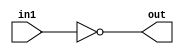
`timescale 1ns / 1ps
//////////////////////////////////////////////////////////////////////////////////
// Company: 
// Engineer: 
// 
// Design Name: 
// Module Name:    NOT 
// Project Name: 
// Target Devices: 
// Tool versions: 
// Description: 
//
// Dependencies: 
//
// Revision: 
// Revision 0.01 - File Created
// Additional Comments: 
//
//////////////////////////////////////////////////////////////////////////////////
module NOT(in1,out
    );
input in1;
output out;
assign out=!in1;

endmodule